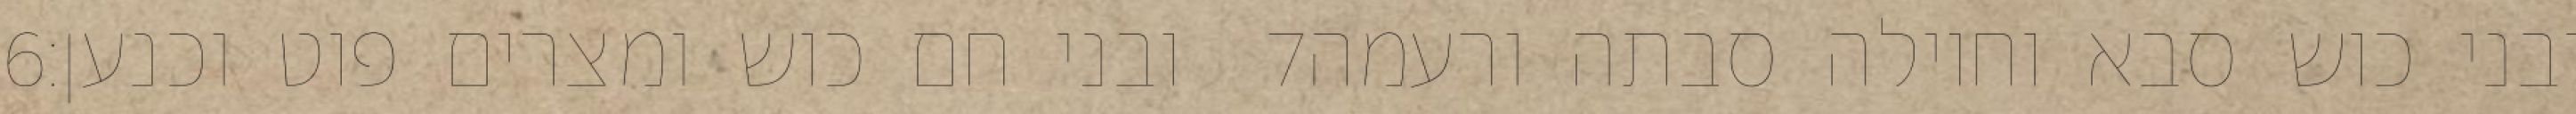
‎6‏ ובני חם כוש ומצרים פוט וכנען׃ ‎7‏ ובני כוש סבא וחוילה סבתה ורעמה